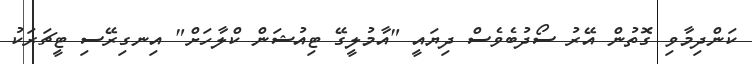
ކަންދިމާވި ގޮތުން އޭރު ސޯދުބެވެސް ދިޔައީ "އާމުލީގޭ ޓިއުޝަން ކްލާހަށް" އިނގިރޭސި ޓީޗަރަކު